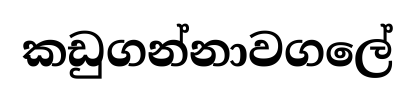
කඩුගන්නාවගලේ